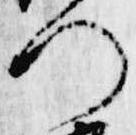
ろ